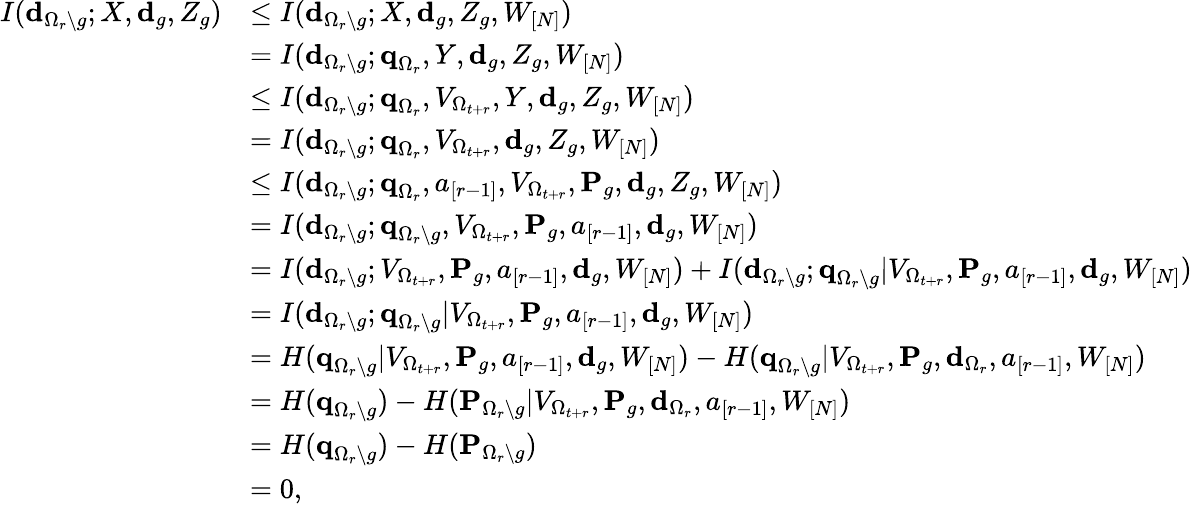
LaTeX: \begin{array}{rl}{I(\textbf{d}_{{\Omega_{r}\backslash g}};X,\textbf{d}_{{g}},Z_{{g}})}&{\leq I(\textbf{d}_{{\Omega_{r}\backslash g}};X,\textbf{d}_{{g}},Z_{{g}},W_{[N]})}\\ &{=I(\textbf{d}_{{\Omega_{r}\backslash g}};\textbf{q}_{{\Omega_{r}}},Y,\textbf{d}_{{g}},Z_{{g}},W_{[N]})}\\ &{\leq I(\textbf{d}_{{\Omega_{r}\backslash g}};\textbf{q}_{{\Omega_{r}}},V_{\Omega_{t+r}},Y,\textbf{d}_{{g}},Z_{{g}},W_{[N]})}\\ &{=I(\textbf{d}_{{\Omega_{r}\backslash g}};\textbf{q}_{{\Omega_{r}}},V_{\Omega_{t+r}},\textbf{d}_{{g}},Z_{{g}},W_{[N]})}\\ &{\leq I(\textbf{d}_{{\Omega_{r}\backslash g}};\textbf{q}_{{\Omega_{r}}},a_{[r-1]},V_{\Omega_{t+r}},\textbf{P}_{g},\textbf{d}_{{g}},Z_{{g}},W_{[N]})}\\ &{=I(\textbf{d}_{{\Omega_{r}\backslash g}};\textbf{q}_{{\Omega_{r}\backslash g}},V_{\Omega_{t+r}},\textbf{P}_{g},a_{[r-1]},\textbf{d}_{{g}},W_{[N]})}\\ &{=I(\textbf{d}_{{\Omega_{r}\backslash g}};V_{\Omega_{t+r}},\textbf{P}_{g},a_{[r-1]},\textbf{d}_{{g}},W_{[N]})+I(\textbf{d}_{{\Omega_{r}\backslash g}};\textbf{q}_{{\Omega_{r}\backslash g}}|V_{\Omega_{t+r}},\textbf{P}_{g},a_{[r-1]},\textbf{d}_{{g}},W_{[N]})}\\ &{=I(\textbf{d}_{{\Omega_{r}\backslash g}};\textbf{q}_{{\Omega_{r}\backslash g}}|V_{\Omega_{t+r}},\textbf{P}_{g},a_{[r-1]},\textbf{d}_{{g}},W_{[N]})}\\ &{=H(\textbf{q}_{{\Omega_{r}\backslash g}}|V_{\Omega_{t+r}},\textbf{P}_{g},a_{[r-1]},\textbf{d}_{{g}},W_{[N]})-H(\textbf{q}_{{\Omega_{r}\backslash g}}|V_{\Omega_{t+r}},\textbf{P}_{g},\textbf{d}_{\Omega_{r}},a_{[r-1]},W_{[N]})}\\ &{=H(\textbf{q}_{{\Omega_{r}\backslash g}})-H(\textbf{P}_{{\Omega_{r}\backslash g}}|V_{\Omega_{t+r}},\textbf{P}_{g},\textbf{d}_{\Omega_{r}},a_{[r-1]},W_{[N]})}\\ &{=H(\textbf{q}_{{\Omega_{r}\backslash g}})-H(\textbf{P}_{{\Omega_{r}\backslash g}})}\\ &{=0,}\end{array}